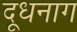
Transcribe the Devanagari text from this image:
दूधनाग